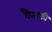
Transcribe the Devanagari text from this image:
वैताकी